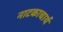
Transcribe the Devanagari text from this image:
नाटकाचार्य